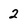
Character: 2